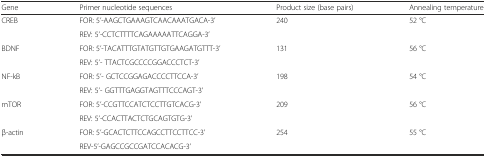
<table><thead><tr><td><b>Gene</b></td><td><b>Primer nucleotide sequences</b></td><td><b>Product size (base pairs)</b></td><td><b>Annealing temperature</b></td></tr></thead><tbody><tr><td rowspan="2">CREB</td><td>FOR: 5’-AAGCTGAAAGTCAACAAATGACA-3’</td><td rowspan="2">240</td><td rowspan="2">52 °C</td></tr><tr><td>REV: 5’-CCTCTTTTCAGAAAAATTCAGGA-3’</td></tr><tr><td rowspan="2">BDNF</td><td>FOR: 5’-TACATTTGTATGTTGTGAAGATGTTT-3’</td><td rowspan="2">131</td><td rowspan="2">56 °C</td></tr><tr><td>REV: 5’- TTACTCGCCCCGGACCCTCT-3’</td></tr><tr><td rowspan="2">NF-kB</td><td>FOR: 5’- GCTCCGGAGACCCCTTCCA-3’</td><td rowspan="2">198</td><td rowspan="2">54 °C</td></tr><tr><td>REV: 5’- GGTTTGAGGTAGTTTCCCAGT-3’</td></tr><tr><td rowspan="2">mTOR</td><td>FOR: 5’-CCGTTCCATCTCCTTGTCACG-3’</td><td rowspan="2">209</td><td rowspan="2">56 °C</td></tr><tr><td>REV: 5’-CCACTTACTCTGCAGTGTG-3’</td></tr><tr><td rowspan="2">β-actin</td><td>FOR: 5’-GCACTCTTCCAGCCTTCCTTCC-3’</td><td rowspan="2">254</td><td rowspan="2">55 °C</td></tr><tr><td>REV-5’-GAGCCGCCGATCCACACG-3’</td></tr></tbody></table>